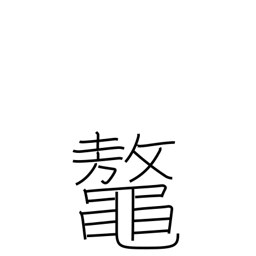
Meaning: great sea turtle